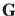
G